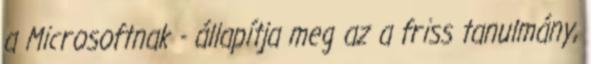
a Microsoftnak - állapítja meg az a friss tanulmány,